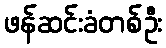
ဖန်ဆင်းခံတစ်ဦး